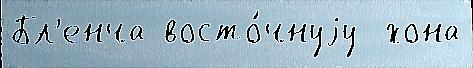
Бл'енча восто́чнуjу  хона